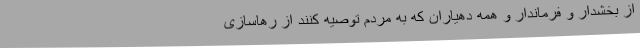
از بخشدار و فرماندار و همه دهیاران که به مردم توصیه کنند از رهاسازی